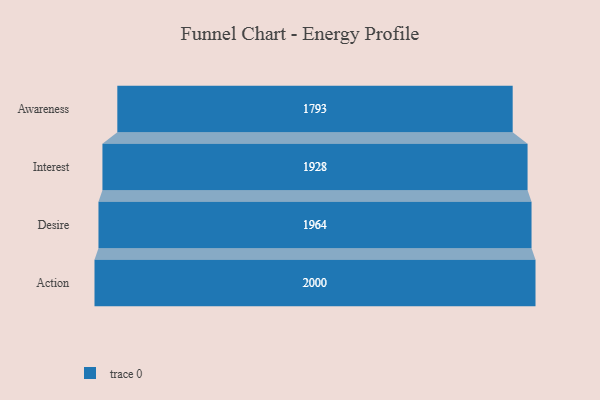
{"axis": {"x": "Stage", "y": "Value"}, "legend": [""], "data": [{"x": "Awareness", "y": 1793.0, "type": ""}, {"x": "Interest", "y": 1928.0, "type": ""}, {"x": "Desire", "y": 1964.0, "type": ""}, {"x": "Action", "y": 2000, "type": ""}]}